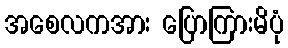
အစေလကအား ပြောကြားမိပုံ